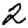
Digit: 2